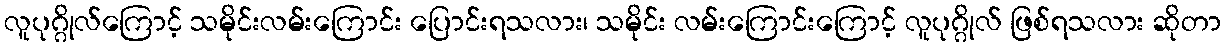
လူပုဂ္ဂိုလ်ကြောင့် သမိုင်းလမ်းကြောင်း ပြောင်းရသလား၊ သမိုင်း လမ်းကြောင်းကြောင့် လူပုဂ္ဂိုလ် ဖြစ်ရသလား ဆိုတာ